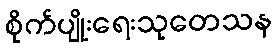
စိုက်ပျိုးရေးသုတေသန